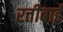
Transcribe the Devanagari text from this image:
रत्तीबाई